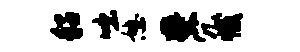
貂咄憩夔冗撼